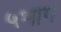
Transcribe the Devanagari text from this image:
५भाग